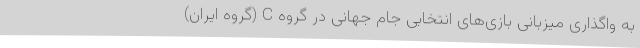
به واگذاری میزبانی بازی‌های انتخابی‌ جام جهانی در گروه C (گروه ایران)